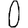
Digit: 0